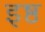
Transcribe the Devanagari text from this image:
इष्ठ